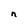
Character: n